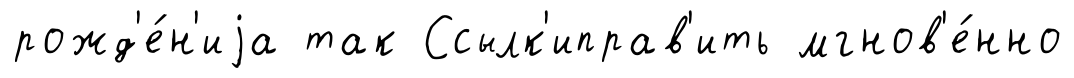
рожд'е́н'иjа так Ссылк'иправ'ить мгнов'е́нно